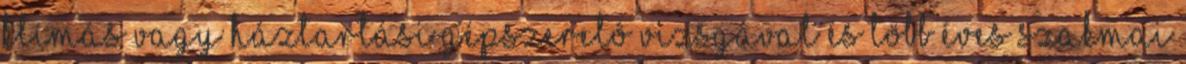
klímás vagy háztartási gépszerelô vizsgával és több éves szakmai